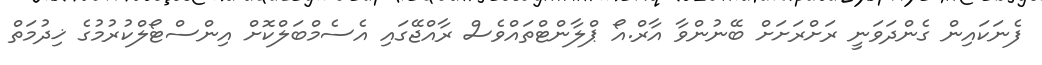
ފެނަކައިން ގެންދަވަނީ ރަށްރަށަށް ބޭނުންވާ އާރް.އޯ ޕްލާންޓްތައްވެސް ރާއްޖޭގައި އެސެމްބަލްކޮށް އިންސްޓޯލްކުރުމުގެ ޚިދުމަތް